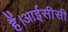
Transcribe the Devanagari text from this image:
हैं।आईसीसी